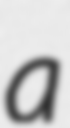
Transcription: a